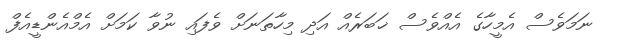
ނަމަވެސް އެމީހާގެ އެއްވެސް ޚަބަރެއް އަދި މިހާތަނަށް ވެފައި ނުވާ ކަމަށް އެމްއެންޑީއެފް